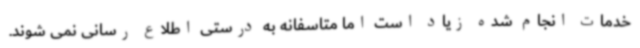
خدمات انجام شده زیاد است اما متاسفانه به درستی اطلاع رسانی نمی شوند.